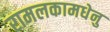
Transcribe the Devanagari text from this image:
रामलकामधेनु